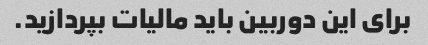
برای این دوربین باید مالیات بپردازید.